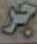
جر